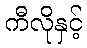
ကီလိုနှင့်